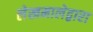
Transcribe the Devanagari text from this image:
लेखमालेद्वारा